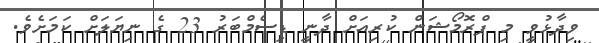
ވިދާޅުވީ މި ޕްރޮމޯޝަން ކުރިއަށް ދާނީ ޑިސެމްބަރު 23 ގެ ނިޔަލަށް ކަމަށެވެ.